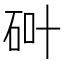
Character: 𱳵